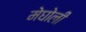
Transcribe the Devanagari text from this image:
मेघोली